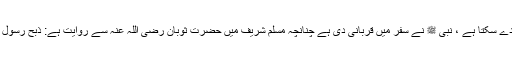
مسافر کی قربانی: مسافر حالت سفر میں قربانی دے سکتا ہے ، نبی ﷺ نے سفر میں قربانی دی ہے چنانچہ مسلم شریف میں حضرت ثوبان رضی اللہ عنہ سے روایت ہے: ذبح رسولُ اللهِ صلَّى اللهُ عليهِ وسلَّمَ ضحيتَه ثم قال ( يا ثوبانُ !